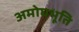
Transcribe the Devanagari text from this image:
अमोघभूति